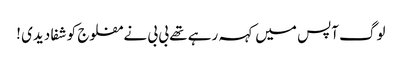
لوگ آپس میں کہہ رہے تھے بی بی نے مفلوج کو شفا دیدی !